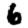
Digit: 6